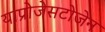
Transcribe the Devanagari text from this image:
याप्रोजेसटोजेन